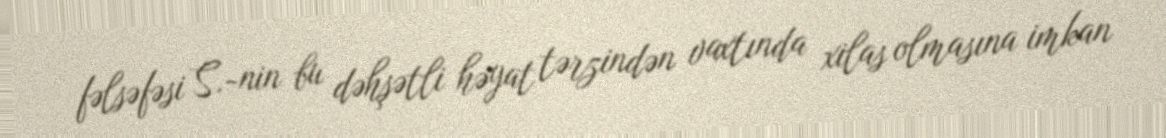
fəlsəfəsi S.-nin bu dəhşətli həyat tərzindən vaxtında xilas olmasına imkan